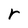
Character: r